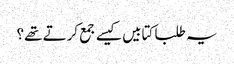
​یہ طلبا کتابیں کیسے جمع کرتے تھے؟